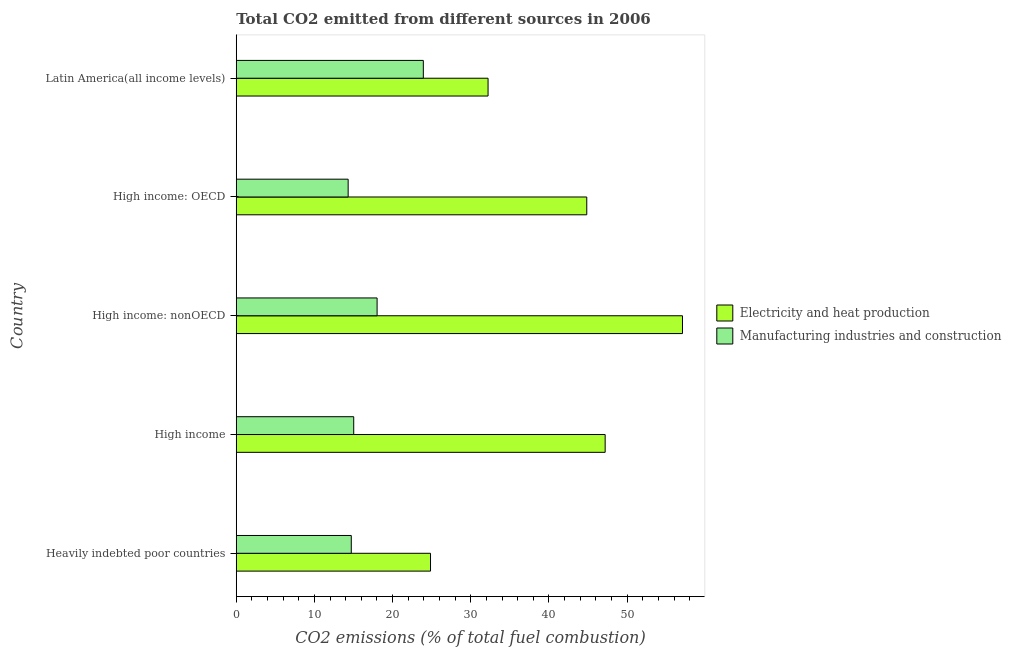
| Country | Electricity and heat production | Manufacturing industries and construction |
 | --- | --- | --- |
 | Heavily indebted poor countries | 24.9 | 14.7 |
 | High income | 47.2 | 15 |
 | High income: nonOECD | 57.1 | 18 |
 | High income: OECD | 44.8 | 14.3 |
 | Latin America(all income levels) | 32.2 | 23.9 |